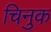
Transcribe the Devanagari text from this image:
चिनुक